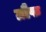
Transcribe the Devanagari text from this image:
ग्रौफ